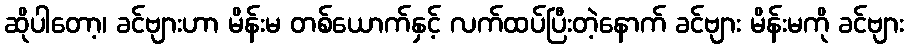
ဆိုပါတော့၊ ခင်ဗျားဟာ မိန်းမ တစ်ယောက်နှင့် လက်ထပ်ပြီးတဲ့နောက် ခင်ဗျား မိန်းမကို ခင်ဗျား